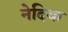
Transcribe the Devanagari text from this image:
नेदिया